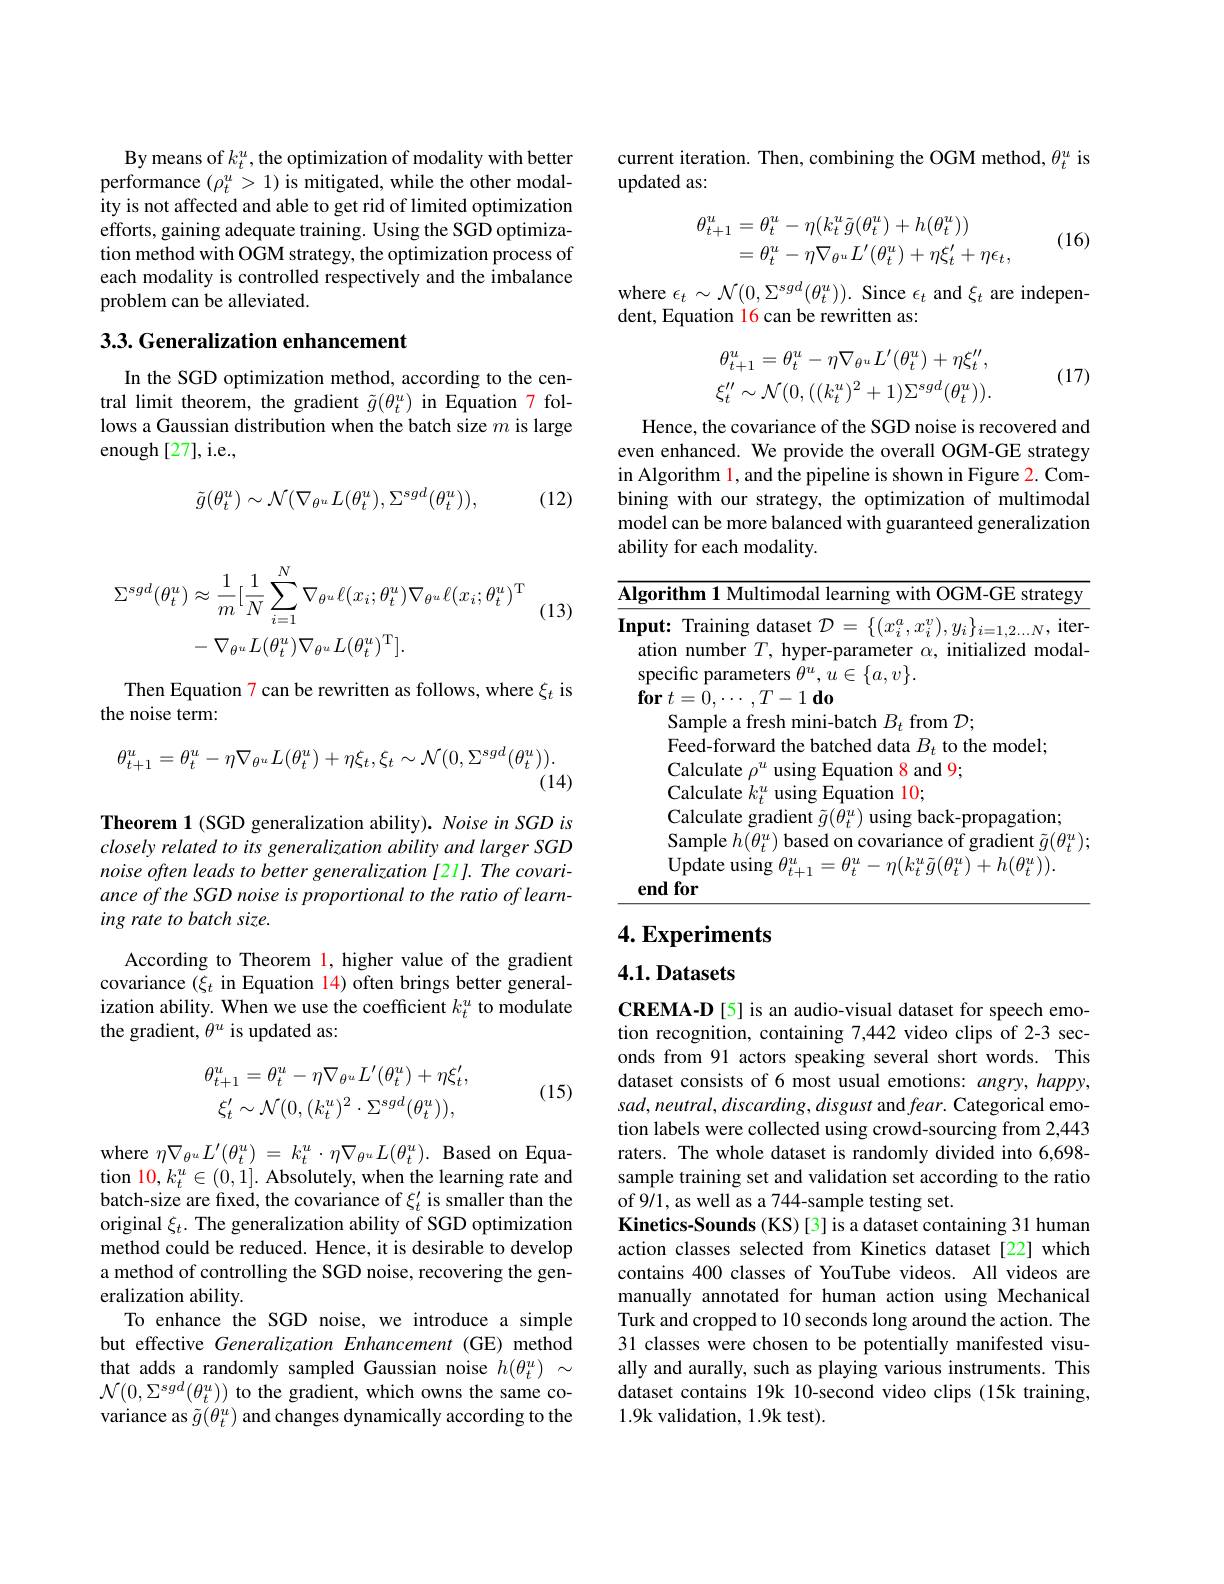
$$\begin{aligned}\Sigma^{sgd}(\theta_{t}^{u})&\approx\frac{1}{m}[\frac{1}{N}\sum_{i=1}^{N}\nabla_{\theta^{u}}\ell(x_{i};\theta_{t}^{u})\nabla_{\theta^{u}}\ell(x_{i};\theta_{t}^{u})^{\mathrm{T}}\\&-\nabla_{\theta^{u}}L(\theta_{t}^{u})\nabla_{\theta^{u}}L(\theta_{t}^{u})^{\mathrm{T}}].\end{aligned}$$
(13)

Then Equation 7 can be rewritten as follows, where $\xi_t$ is
the noise term:
$$\theta_{t+1}^{u}=\theta_{t}^{u}-\eta\nabla_{\theta^{u}}L(\theta_{t}^{u})+\eta\xi_{t},\xi_{t}\sim\mathcal{N}(0,\Sigma^{sgd}(\theta_{t}^{u})).$$
(14)

Theorem 1 (SGD generalization ability). Noise in SGD is closely related to its generalization ability and larger SGD noise often leads to better generalization [21]. The covariance of the SGD noise is proportional to the ratio of learning rate to batch size.

According to Theorem $\color{red}{1,\text{higher value of the gradient}}$ covariance $(\xi_t$ in Equation 14) often brings better generalization ability. When we use the coefficient $k_t^u$ to modulate the gradient, $\theta^u$ is updated as:
$$\theta_{t+1}^{u}=\theta_{t}^{u}-\eta\nabla_{\theta^{u}}L^{\prime}(\theta_{t}^{u})+\eta\xi_{t}^{\prime},\\\xi_{t}^{\prime}\sim\mathcal{N}(0,(k_{t}^{u})^{2}\cdot\Sigma^{sgd}(\theta_{t}^{u})),$$
(15)

where $\eta \nabla _{\theta ^u}L^{\prime }( \theta _{t}^{u})$ = $k_{t}^{u}\cdot \eta \nabla _{\theta ^u}L( \theta _{t}^{u}) .$ Based on Equation $10,k_{t}^{u}\in(0,1].$ Absolutely, when the learning rate and batch-size are fixed, the covariance of $\xi_t^{\prime}$ is smaller than the original $\xi_t.$ The generalization ability of SGD optimization method could be reduced. Hence, it is desirable to develop a method of controlling the SGD noise, recovering the generalization ability.
To enhance the SGD noise, we introduce a simple but effective Generalization Enhancement (GE) method that adds a randomly sampled Gaussian noise $h(\theta_t^u)~\sim$ $\mathcal{N}(0,\Sigma^{sgd}(\theta_{t}^{u}))$ to the gradient, which owns the same covariance as $\tilde{g}(\theta_t^u)$ and changes dynamically according to the

By means of $k_t^u$,the optimization of modality with better performance $(\rho_t^u>1)$ is mitigated, while the other modality is not affected and able to get rid of limited optimization efforts, gaining adequate training. Using the SGD optimization method with OGM strategy, the optimization process of each modality is controlled respectively and the imbalance problem can be alleviated.

### 3.3. Generalization enhancement

In the SGD optimization method, according to the central limit theorem, the gradient $\tilde{g}(\theta_t^u)$ in Equation 7 follows a Gaussian distribution when the batch size $m$ is large enough [27],i.e.,
$$\tilde{g}(\theta_{t}^{u})\sim\mathcal{N}(\nabla_{\theta^{u}}L(\theta_{t}^{u}),\Sigma^{sgd}(\theta_{t}^{u})),$$
(12)

current iteration. Then, combining the OGM method, $\theta_t^u$ is
updated as:
$$\begin{aligned}\theta_{t+1}^u&=\theta_t^u-\eta(k_t^u\tilde{g}(\theta_t^u)+h(\theta_t^u))\\&=\theta_t^u-\eta\nabla_{\theta^u}L^{\prime}(\theta_t^u)+\eta\xi_t^{\prime}+\eta\epsilon_t,\end{aligned}$$
(16)

where $\epsilon_t\sim\mathcal{N}(0,\Sigma^{sgd}(\theta_{t}^{u})).$ Since $\epsilon_t$ and $\xi_t$ are indepen-
dent, Equation 16 can be rewritten as:
$$\theta_{t+1}^{u}=\theta_{t}^{u}-\eta\nabla_{\theta^{u}}L^{\prime}(\theta_{t}^{u})+\eta\xi_{t}^{\prime\prime},\\\xi_{t}^{\prime\prime}\sim\mathcal{N}(0,((k_{t}^{u})^{2}+1)\Sigma^{sgd}(\theta_{t}^{u})).$$
(17)

Hence, the covariance of the SGD noise is recovered and even enhanced. We provide the overall OGM-GE strategy in Algorithm $\color{red}1$, and the pipeline is shown in Figure 2. Combining with our strategy, the optimization of multimodal model can be more balanced with guaranteed generalization ability for each modality.

$\overline{\textbf{Algorithm 1 Multimodal learning with OGM-GE strategy}}$

4. Experiments

## $4. 1. \textbf{Datasets}$

CREMA-D [5] is an audio-visual dataset for speech emotion recognition, containing 7,442 video clips of 2-3 seconds from 91 actors speaking several short words. This dataset consists of 6 most usual emotions: angry, happy, $sad,neutral,discarding,disgust$ and fear. Categorical emotion labels were collected using crowd-sourcing from 2,443 raters. The whole dataset is randomly divided into 6,698- sample training set and validation set according to the ratio of 9/1, as well as a 744-sample testing set.
Kinetics-Sounds (KS)[3] is a dataset containing 31 human action classes selected from Kinetics dataset[22] which contains 400 classes of YouTube videos. All videos are manually annotated for human action using Mechanical Turk and cropped to 10 seconds long around the action. The 31 classes were chosen to be potentially manifested visually and aurally, such as playing various instruments. This dataset contains 19k 10-second video clips (15k training, 1.9k validation, 1.9k test).